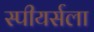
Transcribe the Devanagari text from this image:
स्पीयर्सला